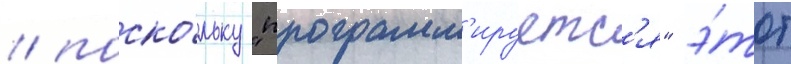
/ поско́льку "программ'ируетс'я" э́тот